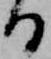
る